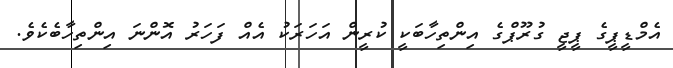
އެމްޑީޕީގެ ޕީޖީ ގުރޫޕްގެ އިންތިހާބަކީ ކުރީން އަހަރަކު އެއް ފަހަރު އޮންނަ އިންތިހާބެކެވެ.